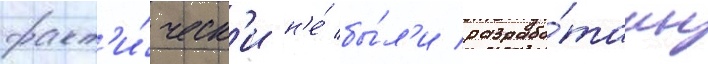
факт'и́ческ'и н'е́ бы́л'и разрабо́таны